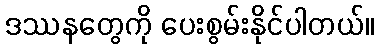
ဒဿနတွေကို ပေးစွမ်းနိုင်ပါတယ်။